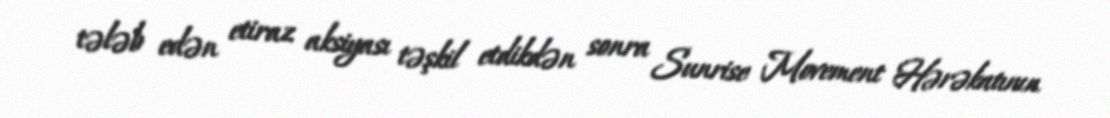
tələb edən etiraz aksiyası təşkil etdikdən sonra Sunrise Movement Hərəkatının